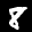
Label: 8